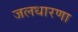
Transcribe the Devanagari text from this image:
जलधारणा